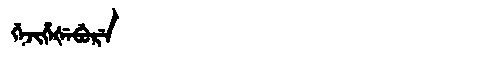
Manchu: ᡤᡝᠵᡳᡥᡝᡧᡝᠪᡠᡵᡝ
Romanization: GEJIHEŠEBURE